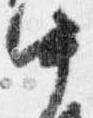
中